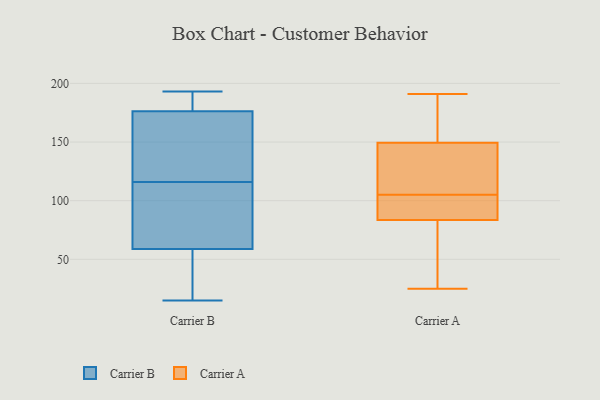
{"axis": {"x": "Satisfaction Score", "y": "Value"}, "legend": ["Carrier A", "Carrier B"], "data": [{"x": "", "y": 187, "type": "Carrier B"}, {"x": "", "y": 191, "type": "Carrier B"}, {"x": "", "y": 116, "type": "Carrier B"}, {"x": "", "y": 155, "type": "Carrier B"}, {"x": "", "y": 54, "type": "Carrier B"}, {"x": "", "y": 182, "type": "Carrier B"}, {"x": "", "y": 120, "type": "Carrier B"}, {"x": "", "y": 115, "type": "Carrier B"}, {"x": "", "y": 193, "type": "Carrier B"}, {"x": "", "y": 69, "type": "Carrier B"}, {"x": "", "y": 119, "type": "Carrier B"}, {"x": "", "y": 113, "type": "Carrier B"}, {"x": "", "y": 15, "type": "Carrier B"}, {"x": "", "y": 53, "type": "Carrier B"}, {"x": "", "y": 182, "type": "Carrier B"}, {"x": "", "y": 27, "type": "Carrier B"}, {"x": "", "y": 58, "type": "Carrier B"}, {"x": "", "y": 159, "type": "Carrier B"}, {"x": "", "y": 61, "type": "Carrier B"}, {"x": "", "y": 43, "type": "Carrier A"}, {"x": "", "y": 158, "type": "Carrier A"}, {"x": "", "y": 70, "type": "Carrier A"}, {"x": "", "y": 163, "type": "Carrier A"}, {"x": "", "y": 96, "type": "Carrier A"}, {"x": "", "y": 25, "type": "Carrier A"}, {"x": "", "y": 154, "type": "Carrier A"}, {"x": "", "y": 138, "type": "Carrier A"}, {"x": "", "y": 123, "type": "Carrier A"}, {"x": "", "y": 101, "type": "Carrier A"}, {"x": "", "y": 148, "type": "Carrier A"}, {"x": "", "y": 101, "type": "Carrier A"}, {"x": "", "y": 105, "type": "Carrier A"}, {"x": "", "y": 191, "type": "Carrier A"}, {"x": "", "y": 55, "type": "Carrier A"}, {"x": "", "y": 113, "type": "Carrier A"}, {"x": "", "y": 88, "type": "Carrier A"}]}